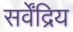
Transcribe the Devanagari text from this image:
सर्वेंद्रिय